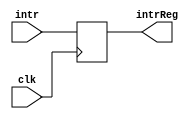
module IFID(intr,clk,intrReg);
input clk;
input [31:0]intr;
output reg [31:0]intrReg;

always@(posedge clk)
begin
intrReg=intr;
end
endmodule